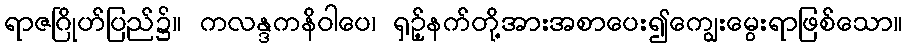
ရာဇဂြိုဟ်ပြည်၌။ ကလန္ဒကနိဝါပေ၊ ရှဉ့်နက်တို့အားအစာပေး၍ကျွေးမွေးရာဖြစ်သော။